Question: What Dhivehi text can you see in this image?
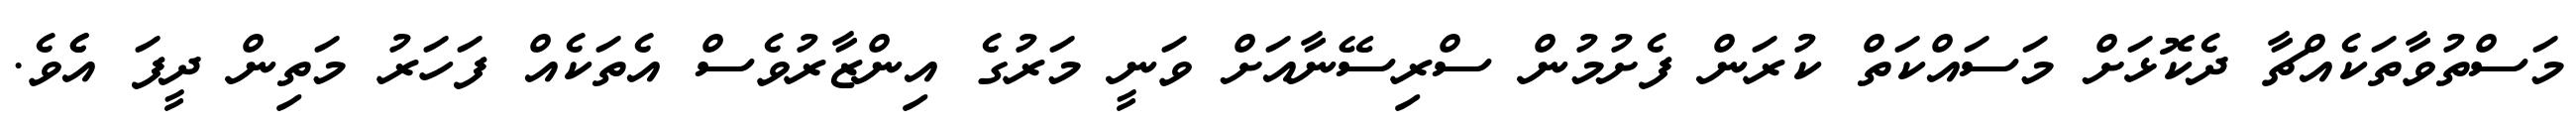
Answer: މަސްތުވާތަކެއްޗާ ދެކޮޅަށް މަސައްކަތް ކުރަން ފެށުމުން ސްރިސޭނާއަށް ވަނީ މަރުގެ އިންޒާރުވެސް އެތަކެއް ފަހަރު މަތިން ދީފަ އެެވެ.